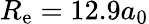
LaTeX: R_{\mathrm{e}}=12.9a_{0}